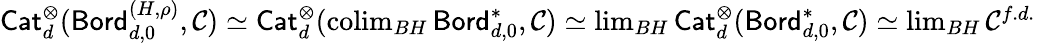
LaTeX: \begin{array}{r}{{\mathsf{Cat}}_{d}^{\otimes}({\mathsf{Bord}}_{d,0}^{(H,\rho)},\mathcal{C})\simeq{\mathsf{Cat}}_{d}^{\otimes}(\operatorname{colim}_{BH}{\mathsf{Bord}}_{d,0}^{*},\mathcal{C})\simeq\operatorname*{lim}_{BH}{\mathsf{Cat}}_{d}^{\otimes}({\mathsf{Bord}}_{d,0}^{*},\mathcal{C})\simeq\operatorname*{lim}_{BH}\mathcal{C}^{f.d.}\ \ }\end{array}